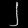
Digit: ၂